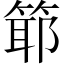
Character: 𥯘